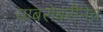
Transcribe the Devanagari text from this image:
याबरोबरीनेच